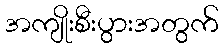
အကျိုးစီးပွားအတွက်